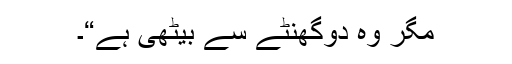
مگر وہ دوگھنٹے سے بیٹھی ہے“۔